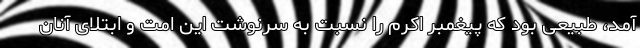
آمد، طبیعی بود که پیغمبر اکرم را نسبت به سرنوشت این امت و ابتلای آنان